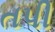
તપી